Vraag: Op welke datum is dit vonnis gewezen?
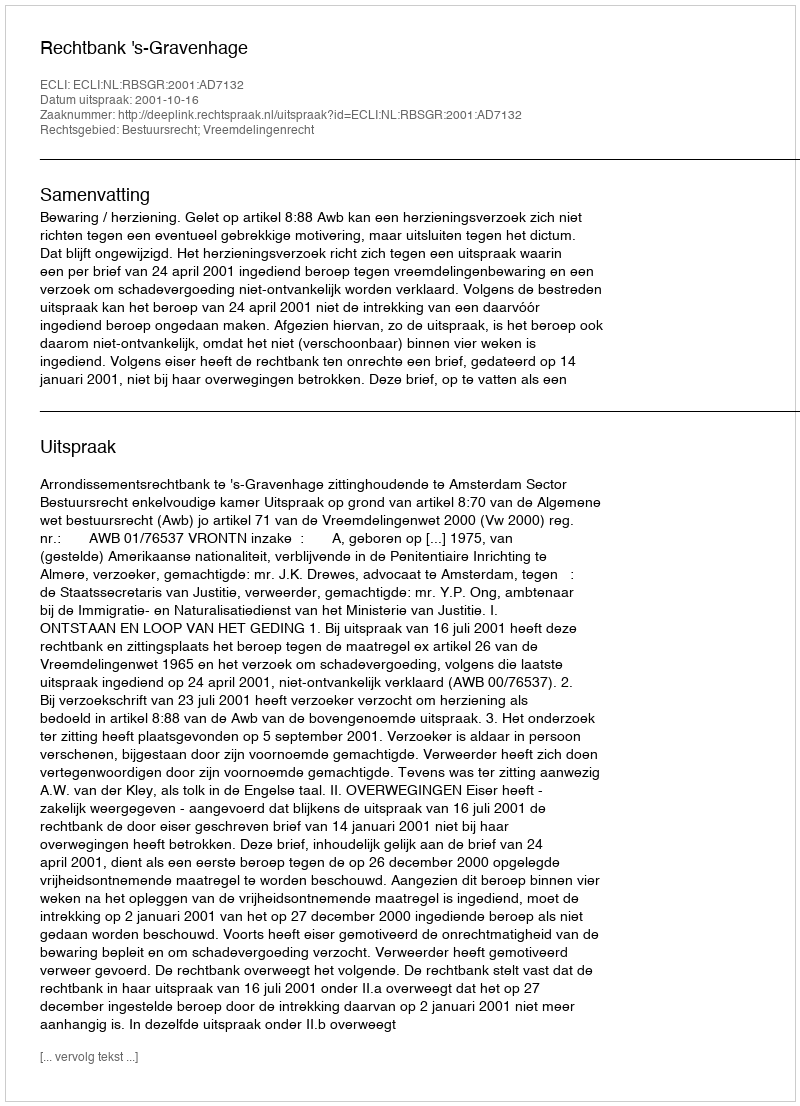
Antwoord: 2001-10-16